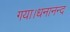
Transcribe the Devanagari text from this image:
गया।धनानन्द